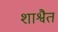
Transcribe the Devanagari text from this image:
शाश्वैतं